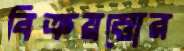
বিক্রয়ত্তোর